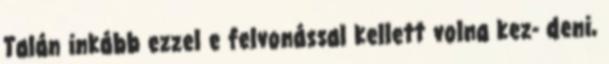
Talán inkább ezzel e felvonással kellett volna kez- deni,